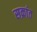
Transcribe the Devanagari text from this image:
सक्रांत